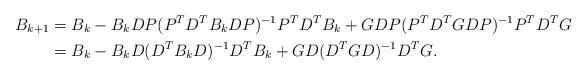
LaTeX: \begin{align*}B_{k+1} &= B_k - B_kDP(P^TD^TB_kDP)^{-1}P^TD^TB_k + G DP(P^TD^TGDP)^{-1}P^TD^TG \\&= B_k - B_kD(D^TB_kD)^{-1}D^TB_k + G D(D^TGD)^{-1}D^TG.\end{align*}